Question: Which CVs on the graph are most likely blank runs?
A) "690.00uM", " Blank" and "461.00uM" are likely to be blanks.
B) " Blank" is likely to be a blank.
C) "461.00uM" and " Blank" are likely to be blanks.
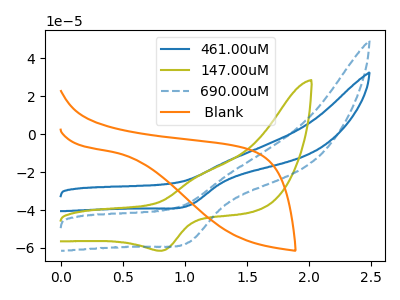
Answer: <think>The blue curve "461.00uM" has a cathodic peak at: (1.05V, -37.60uA). The olive curve "147.00uM" has an anodic peak at (1.10V, -21.50uA) and a cathodic peak at (0.80V, -61.50uA). The blue dashed curve "690.00uM" has a cathodic peak at: (1.05V, -57.00uA). The orange curve " Blank" has no peaks.</think>
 <answer>B) " Blank" is likely to be a blank.</answer>
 <eval>B</eval>